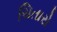
ચિતારો